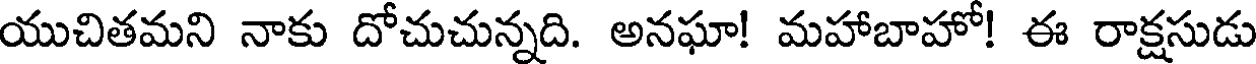
యుచితమని నాకు దోచుచున్నది. అనఘా! మహాబాహో! ఈ రాక్షసుడు